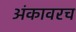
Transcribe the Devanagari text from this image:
अंकावरच